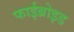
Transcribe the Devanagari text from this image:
फाईब्रोइड